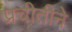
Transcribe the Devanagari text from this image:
प्रचीतीने